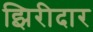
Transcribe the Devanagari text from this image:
झिरीदार